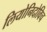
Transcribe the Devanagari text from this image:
लियोनिदोविच